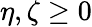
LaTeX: \eta,\zeta\geq 0